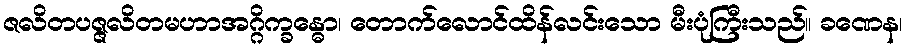
ဇလိတပဇ္ဇလိတမဟာအဂ္ဂိက္ခန္ဓော၊ တောက်လောင်ထိန်လင်းသော မီးပုံကြီးသည်။ ခဏေန၊